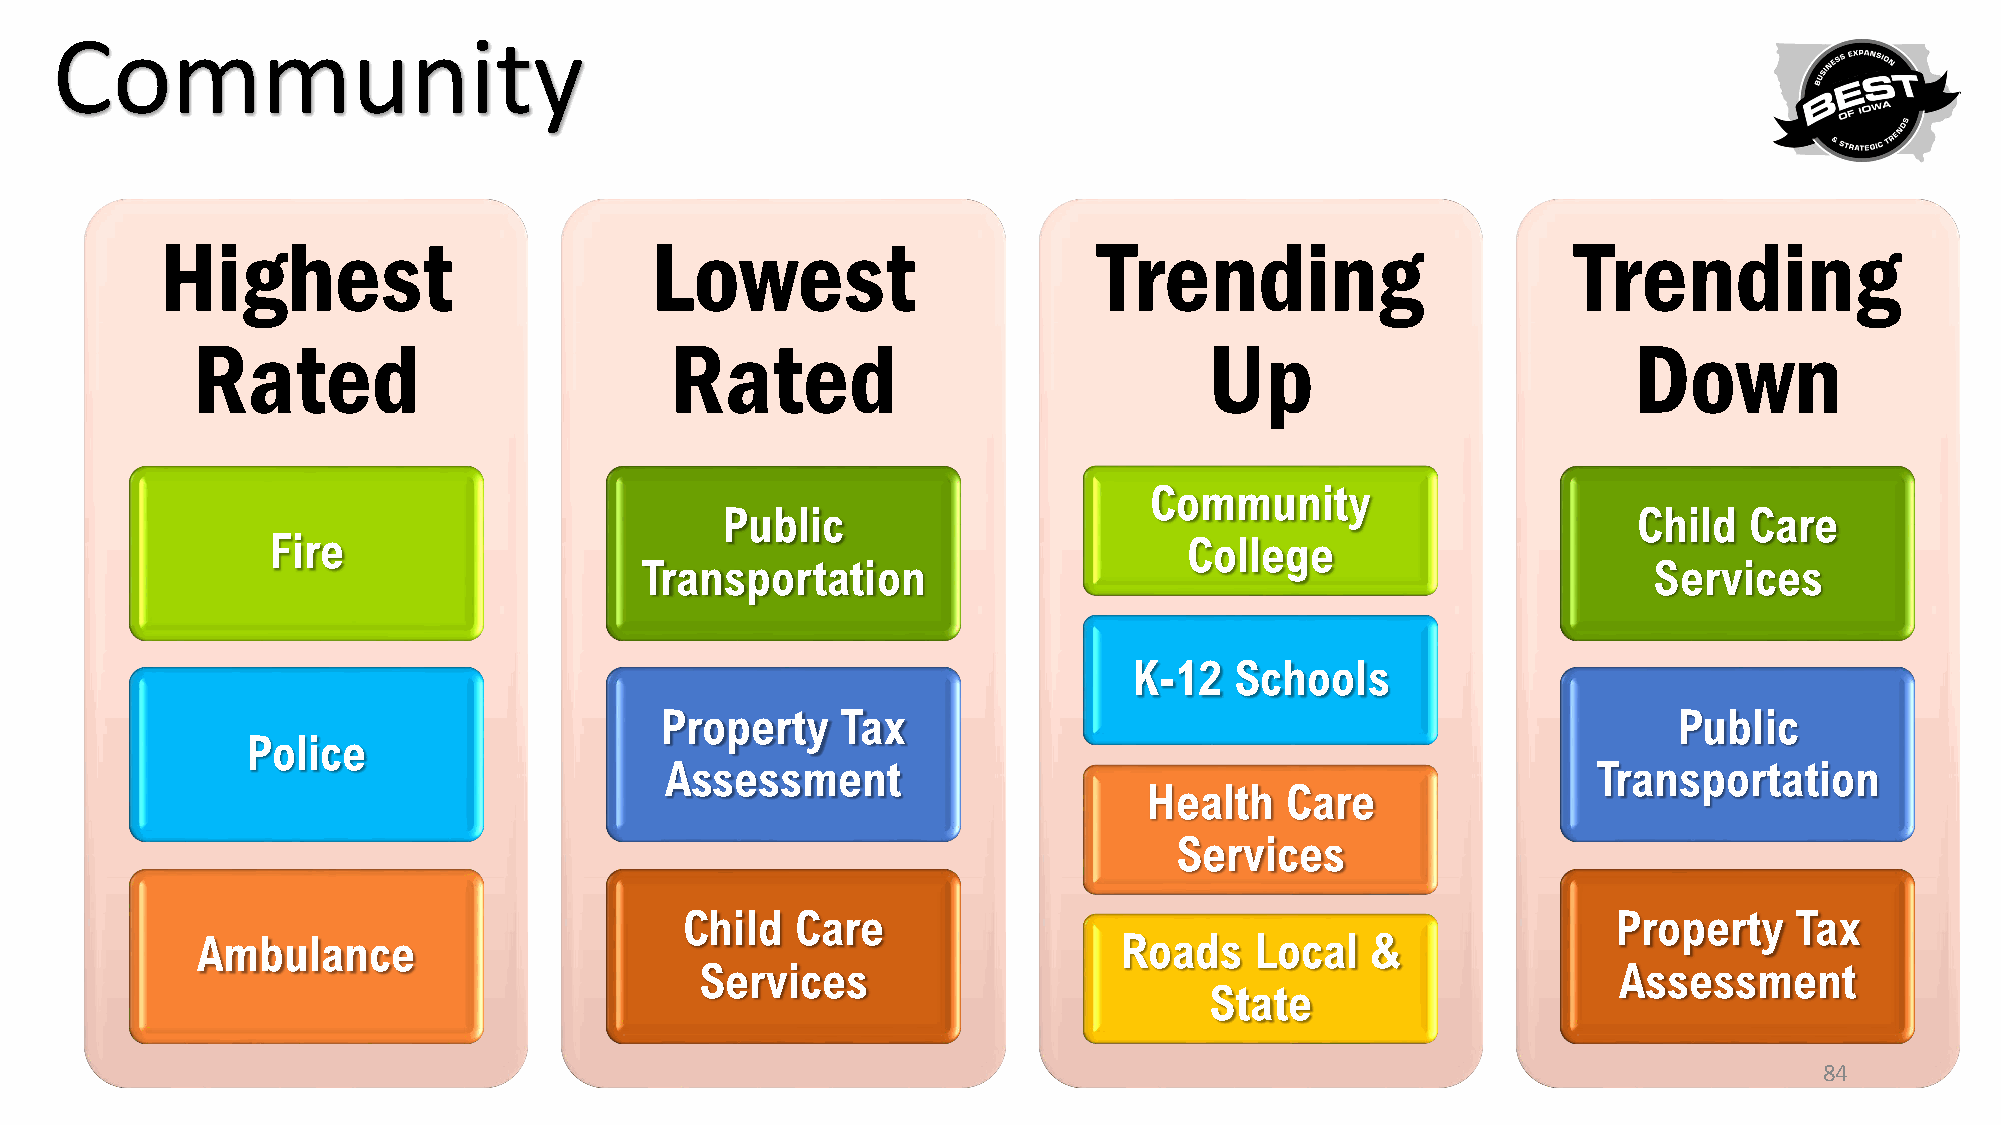
Community
 Highest                         Lowest                        Trending                       Trending
 Rated                          Rated                               Up                          Down
 Community
 Public                                                      Child   Care
 Fire                                                         College
 Transportation                                                     Services
 K-12   Schools
 Property    Tax                                                    Public
 Police
 Assessment                                                    Transportation
 Health   Care
 Services
 Child   Care                                                  Property    Tax
 Ambulance                                                    Roads    Local   &
 Services                                                     Assessment
 State
 84